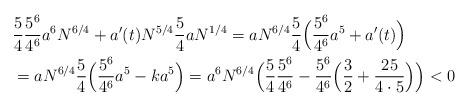
LaTeX: \begin{align*}&\frac54 \frac{5^6}{4^6} a^6 N^{6/4}+ a'(t)N^{5/4}\frac54 aN^{1/4}= aN^{6/4}\frac54\Big(\frac{5^6}{4^6} a^5+a'(t)\Big)\\&= aN^{6/4}\frac54\Big(\frac{5^6}{4^6} a^5-ka^5\Big)= a^6N^{6/4}\Big(\frac54 \frac{5^6}{4^6} -\frac{5^6}{4^6} \Big(\frac32+\frac{25}{4\cdot5}\Big)\Big)<0\end{align*}